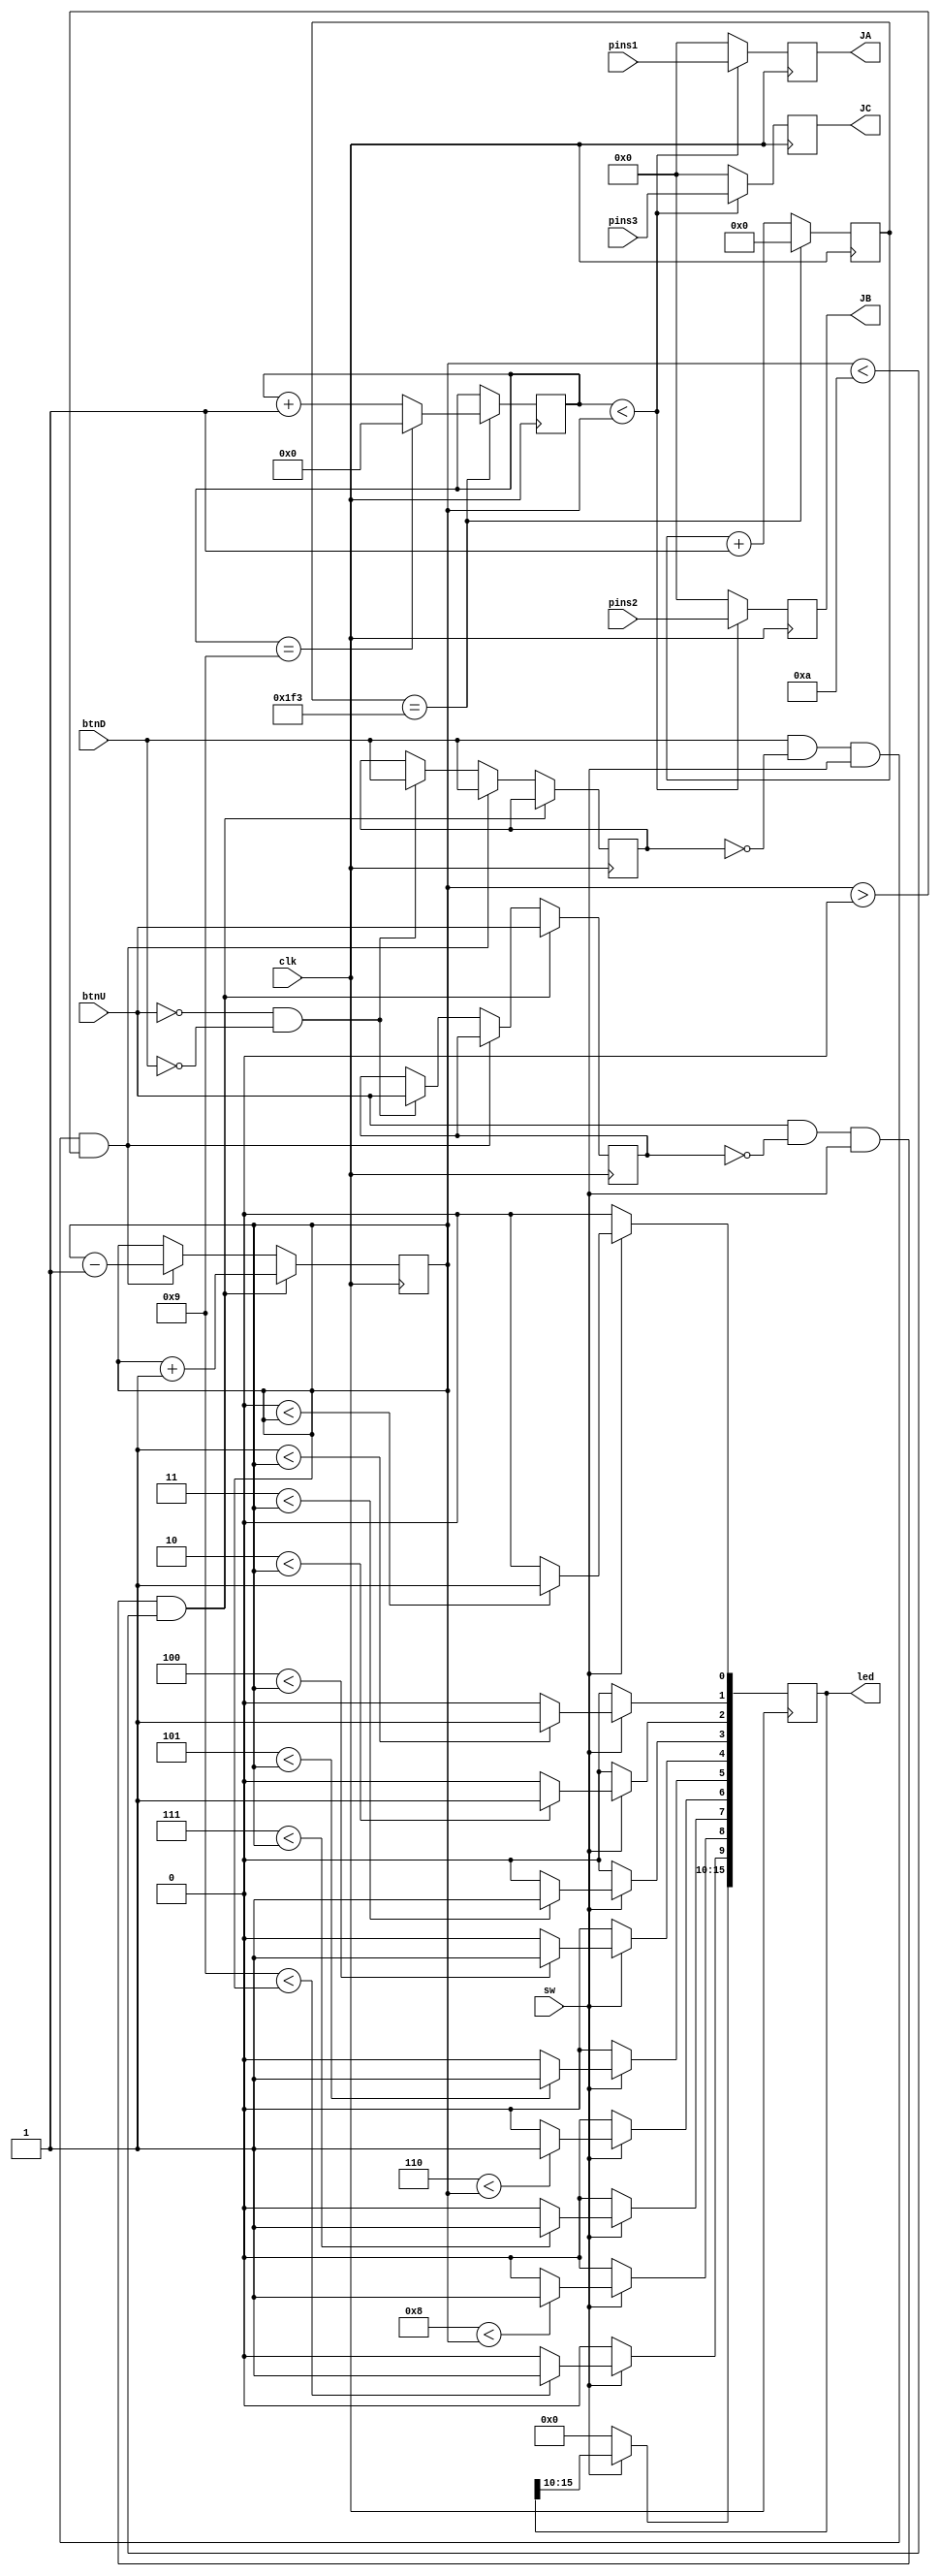
`timescale 1ns / 1ps
//////////////////////////////////////////////////////////////////////////////////
// Company: 
// Engineer: 
// 
// Design Name: 
// Module Name: ledpwm
// Project Name: 
// Target Devices: 
// Tool Versions: 
// Description: 
// 
// Dependencies: 
// 
// Revision:
// Revision 0.01 - File Created
// Additional Comments:
// 
//////////////////////////////////////////////////////////////////////////////////


module ledpwm(
        input clk,
        input btnU,
        input btnD,
        input sw,
        input [7:0] pins1,
        input [7:0] pins2,
        input [7:0] pins3,
        output reg [15:0] led,
        output reg [7:0] JA,
        output reg [7:0] JB,
        output reg [7:0] JC    
    );
    //5000 -> 10ms upper limit
    localparam constnum = 500; //1ms
    localparam cycle = 10;
    
    reg last_btnU;
    reg last_btnD;
    
    reg [3:0] cwidth;
    
    reg [31:0] count;
    reg [3:0] width;
    
    initial begin
        cwidth = 5;
    end
    
    integer x;
    
    always @(posedge(clk)) 
    begin
        if (btnU && !last_btnU && sw && (cwidth < cycle)) begin
            last_btnU <= btnU;
            cwidth <= cwidth + 1;
        end else if (btnD && !last_btnD && sw && (cwidth > 0)) begin
            last_btnD <= btnD;
            cwidth <= cwidth - 1;
        end else if (!btnU && !btnD) begin
            last_btnD <= btnD;
            last_btnU <= btnU; 
        end           
    end
     
    always @ (posedge(clk))
    begin
        if (count == constnum - 1) begin
            count <= 32'b0;
            width <= width + 1;
            if (width == cycle - 1)
                width <= 4'b0;
        end else
            count <= count + 1;
    end
    
    always @(posedge(clk))
    begin
        if (sw) begin
            for(x = 0; x < 10; x = x + 1) begin
                if(x < cwidth)
                    led[x] <= 1;
                else
                    led[x] <= 0;
            end
        end else
            led <= 0;   
    
        if (width < cwidth) begin
            JA <= pins1;
            JB <= pins2;
            JC <= pins3;
        end else begin
            JA <= 8'b0;
            JB <= 8'b0;
            JC <= 8'b0;
        end            
    end
endmodule